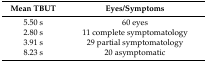
<table><thead><tr><td><b>Mean TBUT</b></td><td><b>Eyes/Symptoms</b></td></tr></thead><tbody><tr><td>5.50 s</td><td>60 eyes</td></tr><tr><td>2.80 s</td><td>11 complete symptomatology</td></tr><tr><td>3.91 s</td><td>29 partial symptomatology</td></tr><tr><td>8.23 s</td><td>20 asymptomatic</td></tr></tbody></table>